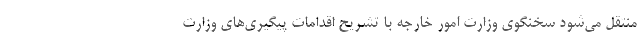
منتقل می‌شود سخنگوی وزارت امور خارجه با تشریح اقدامات پیگیری‌های وزارت